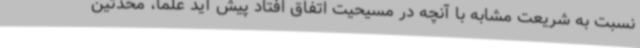
نسبت به شریعت مشابه با آنچه در مسیحیت اتفاق افتاد پیش آید علما، محدثین